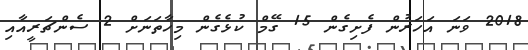
2018 ވަނަ އަހަރުން ފެށިގެން 15 ގޭމް ކުޅެގެން މިހާތަނަށް 2 ސެންޗަރީއާއި